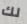
لك